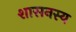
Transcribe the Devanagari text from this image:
शासनस्य